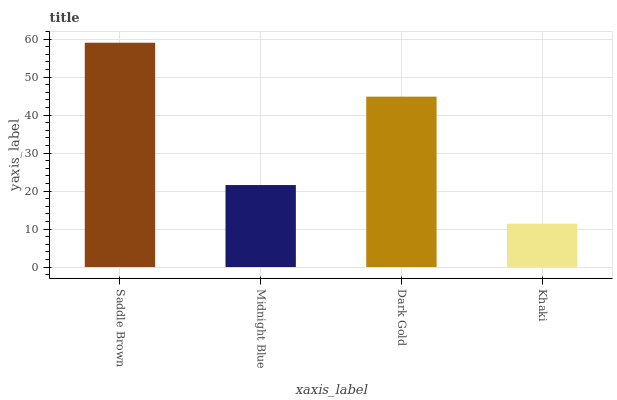
| xaxis_label | bars |
 | --- | --- |
 | Saddle Brown | 59.1 |
 | Midnight Blue | 21.6 |
 | Dark Gold | 44.9 |
 | Khaki | 11.4 |